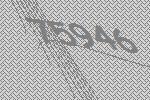
75946